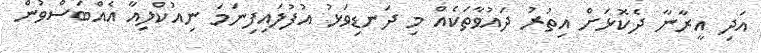
އަދި އީރާނާ ދެކޮޅަށް އިތުރު ދައުވާތަކެއް މި ދަނޑިވަޅު އުފުލައިފިނަމަ ނިއުކްލިއާ އެއްބަސްވުން